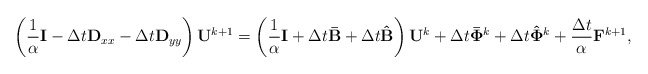
\begin{align*}\left( \frac{1}{\alpha} {\bf I} - \Delta t {\bf D}_{xx}- \Delta t {\bf D}_{yy} \right) {\bf U}^{k+1} = \left( \frac{1}{\alpha} {\bf I} + \Delta t {\bf \bar{B}} + \Delta t {\bf \hat{B}} \right) {\bf U}^{k} + \Delta t {\bf \bar{\Phi}}^k + \Delta t {\bf \hat{\Phi}}^k + \frac{\Delta t }{\alpha} {\bf F}^{k+1},\end{align*}